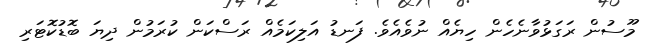
މޫސުން ރަގަޅުވާނެހެން ހިޔެއް ނުވެއެވެ. ފަނޑު އަލިކަމެއް ރަސްކަން ކުރަމުން ދިޔަ ބޮޑުކޮޓަރި